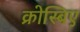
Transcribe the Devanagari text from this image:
क्रोस्बिए